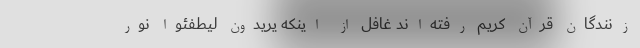
زنندگان قرآن كريم رفته‌اند غافل از اينكه يُرِيدُونَ لِيُطْفِئُوا نُورَ